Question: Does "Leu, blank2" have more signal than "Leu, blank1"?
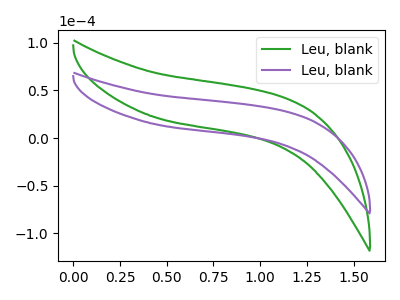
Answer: <think>The green curve "Leu, blank1" has no peaks. The purple curve "Leu, blank2" has no peaks.
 Neither "Leu, blank2" or "Leu, blank1" have any peaks.</think>
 <answer>I cant tell if "Leu, blank2" or "Leu, blank1" has more signal.</answer>
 <eval>mixed_signal</eval>